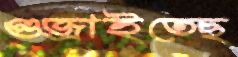
গুজ্‌রাইতেছ